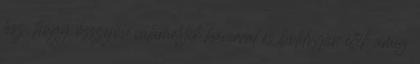
lesz, hogy összejön valamelyik haverral és boldogan éltek amíg